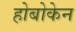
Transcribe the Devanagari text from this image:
होबोकेन